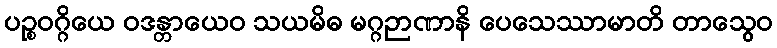
ပဉ္စဝဂ္ဂိယေ ဝဒန္တာယေဝ သယမိဓ မဂ္ဂဉာဏာနိ ပေသေဿာမာတိ တာသွေဝ